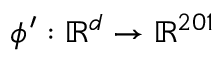
\phi ^ { \prime } : \mathbb { R } ^ { d } \rightarrow \mathbb { R } ^ { 2 0 1 }